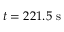
t = 2 2 1 . 5 ~ \mathrm { s }